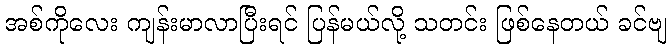
အစ်ကိုလေး ကျန်းမာလာပြီးရင် ပြန်မယ်လို့ သတင်း ဖြစ်နေတယ် ခင်ဗျ